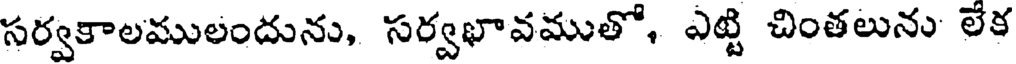
సర్వకాలములందును, సర్వభావముతో, ఎట్టి చింతలును లేక